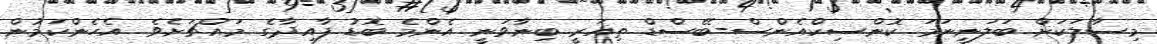
މިސާލަކަށް ބަލަނީނަމަ ކޮންސިކްއެންސް-ބޭސްޑް ތިއަރީ ބިނާވަނީ އެންމެ ބޮޑު ފާއިދާގެ މައްޗަށެވެ. އެހެންކަމުން